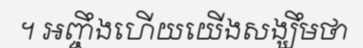
។ អញ្ចឹងហើយយើងសង្ឃឹមថា